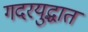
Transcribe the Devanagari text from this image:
गदरयुद्धात